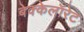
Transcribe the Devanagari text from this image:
बेक्केलॉरेट